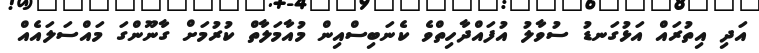
އަދި އިތުރައް އަޅުގަނޑު ސުވާލު އުފައްދާހިތްވެ ކެނަބިސްއިން މުއާމަލާތް ކުރުމަށް ގާނޫންގަ މައްސަލައެއް